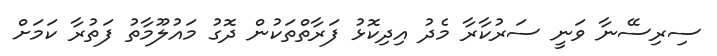
ސިރިސޭނާ ވަނީ ސަރުކާރާ މެދު އިދިކޮޅު ފަރާތްތަކުން ދޮގު މައުލޫމާތު ފަތުރާ ކަމަށް